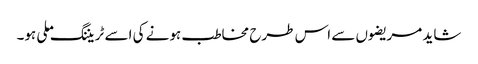
شاید مریضوں سے اس طرح مخاطب ہونے کی اسے ٹریننگ ملی ہو۔